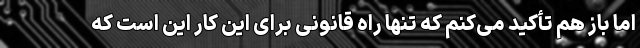
اما باز هم تأکید می‌کنم که تنها راه قانونی برای این کار این است که